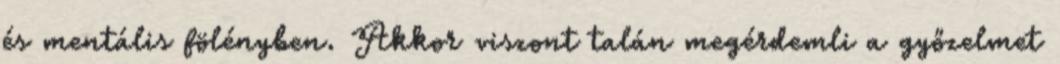
és mentális fölényben. Akkor viszont talán megérdemli a győzelmet